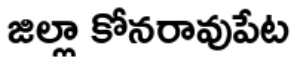
జిల్లా కోనరావుపేట